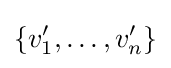
\{v'_{1},\dots ,v'_{n}\}